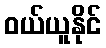
ဝယ်ယူနိုင်